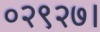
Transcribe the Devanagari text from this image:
०२९२७।